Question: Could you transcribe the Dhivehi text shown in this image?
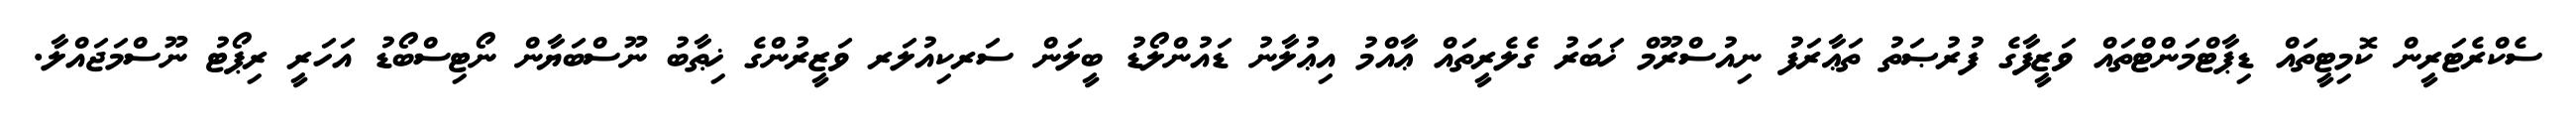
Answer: ސެކްރެޓަރީން ކޮމިޓީތައް ޑިޕާޓްމަންޓްތައް ވަޒީފާގެ ފުރުޞަތު ތަޢާރަފު ނިއުސްރޫމް ޚަބަރު ގެލެރީތައް ޢާއްމު އިޢުލާނު ޑައުންލޯޑު ބީލަން ސަރކިއުލަރ ވަޒީރުންގެ ޚިޠާބު ނޫސްބަޔާން ނޯޓިސްބޯޑު އަހަރީ ރިޕޯޓު ނޫސްމަޖައްލާ.